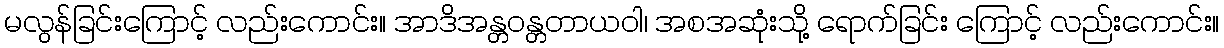
မလွန်ခြင်းကြောင့် လည်းကောင်း။ အာဒိအန္တဝန္တတာယဝါ၊ အစအဆုံးသို့ ရောက်ခြင်း ကြောင့် လည်းကောင်း။